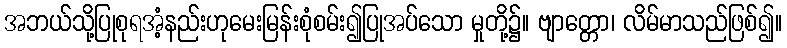
အဘယ်သို့ပြုစုရအံ့နည်းဟုမေးမြန်းစုံစမ်း၍ပြုအပ်သော မှုတို့၌။ ဗျာတ္တော၊ လိမ်မာသည်ဖြစ်၍။